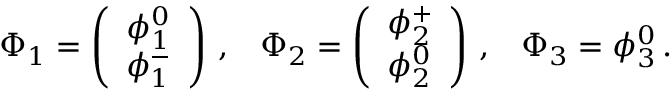
\begin{array} { c c c } { { \Phi _ { 1 } = \left( \begin{array} { c } { { { \phi _ { 1 } ^ { 0 } } } } \\ { { { \phi _ { 1 } ^ { - } } } } \end{array} \right) \, , } } & { { \Phi _ { 2 } = \left( \begin{array} { c } { { { \phi _ { 2 } ^ { + } } } } \\ { { { \phi _ { 2 } ^ { 0 } } } } \end{array} \right) \, , } } & { { \Phi _ { 3 } = \phi _ { 3 } ^ { 0 } \, . } } \end{array}